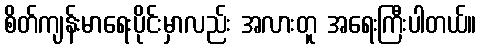
စိတ်ကျန်းမာရေးပိုင်းမှာလည်း အလားတူ အရေးကြီးပါတယ်။